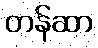
တန်ဆာ